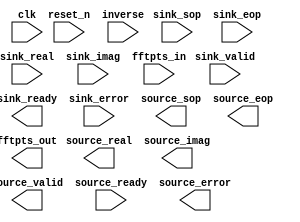

module fft (
	clk,
	reset_n,
	sink_valid,
	sink_ready,
	sink_error,
	sink_sop,
	sink_eop,
	sink_real,
	sink_imag,
	fftpts_in,
	inverse,
	source_valid,
	source_ready,
	source_error,
	source_sop,
	source_eop,
	source_real,
	source_imag,
	fftpts_out);	

	input		clk;
	input		reset_n;
	input		sink_valid;
	output		sink_ready;
	input	[1:0]	sink_error;
	input		sink_sop;
	input		sink_eop;
	input	[15:0]	sink_real;
	input	[15:0]	sink_imag;
	input	[11:0]	fftpts_in;
	input	[0:0]	inverse;
	output		source_valid;
	input		source_ready;
	output	[1:0]	source_error;
	output		source_sop;
	output		source_eop;
	output	[15:0]	source_real;
	output	[15:0]	source_imag;
	output	[11:0]	fftpts_out;
endmodule